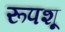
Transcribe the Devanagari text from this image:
रूपशू